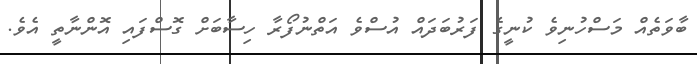
ބާވަތެއް މަސްހުނިވެ ކުނީގެ ފަރުބަދައް އުސްވެ އަތްނުފޯރާ ހިސާބަށް ގޮސްފައި އޮންނާތީ އެވެ.